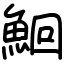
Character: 鮰